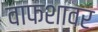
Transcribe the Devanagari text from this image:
वाफशावर